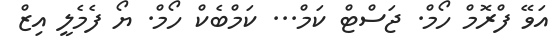
އަވޭ ފްރޮމް ހޯމް. ޖަސްޓް ކަމް... ކަމްބެކް ހޯމް. ޔޯ ފެމެލީ އިޒް